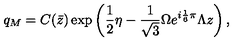
q _ { M } = C ( \bar { z } ) \exp \left( \frac { 1 } { 2 } \eta - \frac { 1 } { \sqrt { 3 } } \Omega e ^ { i \frac { 1 } { 6 } \pi } \Lambda z \right) ,